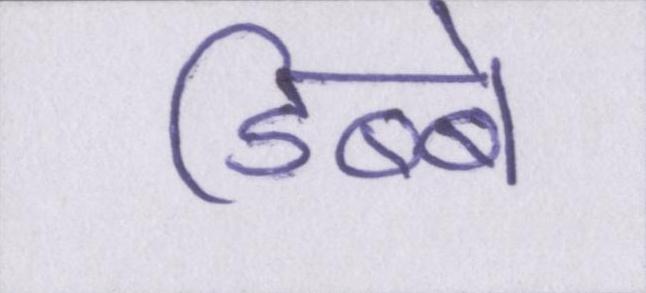
डिब्बे